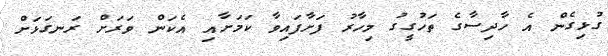
ގުޅިގެން އެ ހާދިސާގެ ތަހުގީގު މިހާރު ފަށާފައިވާ ކަމަށާއި އެކަން ވަރަށް ރަނގަޅަށް